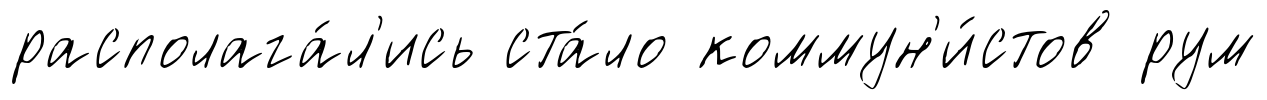
располага́л'ись ста́ло коммун'и́стов рум